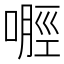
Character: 𪡿